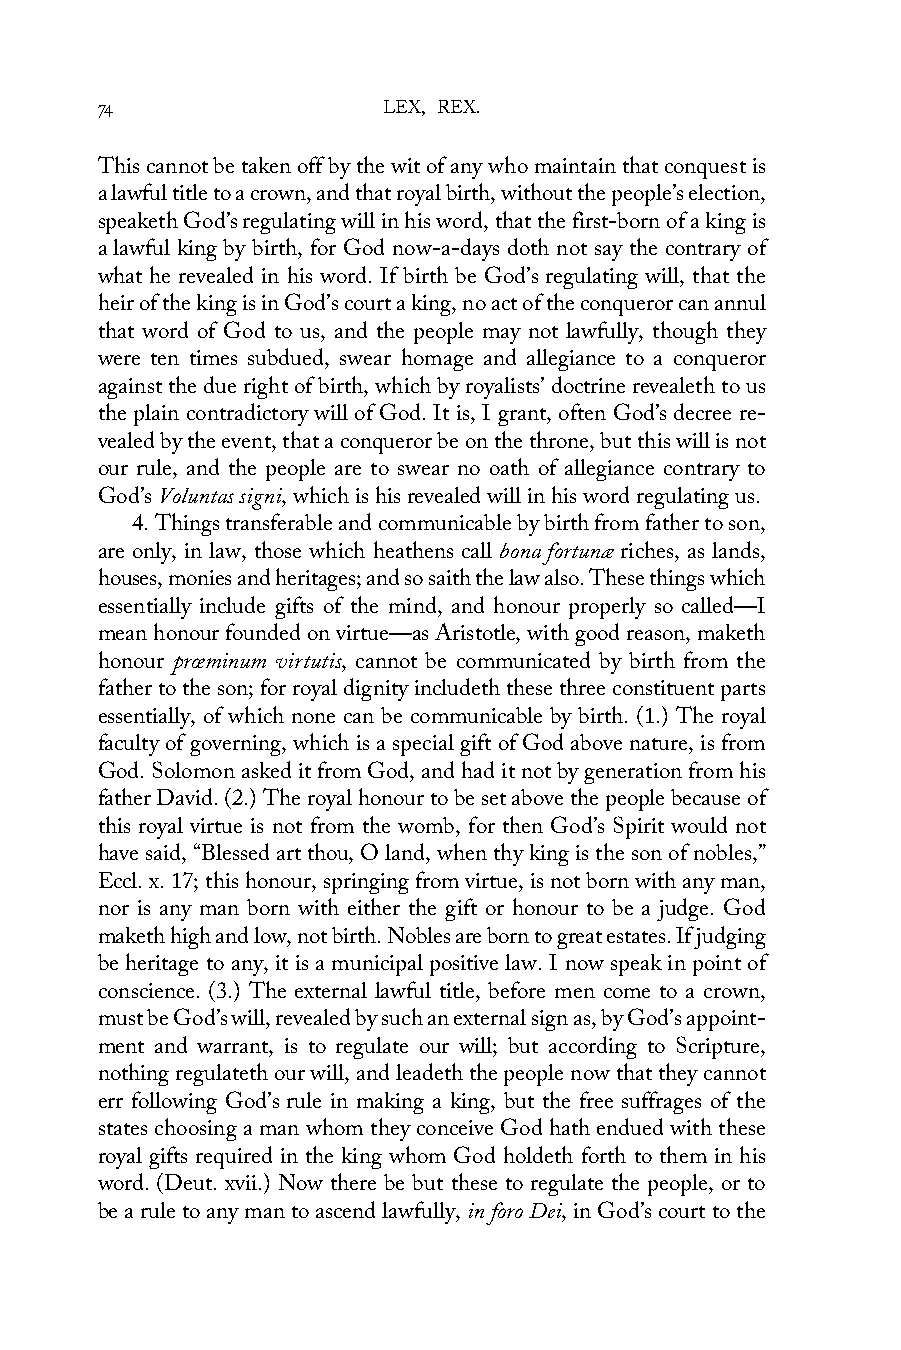
74                 LEX, REX.
 This cannot be taken off by the wit of any who maintain that conquest is
 a lawful title to a crown, and that royal birth, without the people’s election,
 speaketh God’s regulating will in his word, that the first-born of a king is
 a lawful king by birth, for God now-a-days doth not say the contrary of
 what he revealed in his word. If birth be God’s regulating will, that the
 heir of the king is in God’s court a king, no act of the conqueror can annul
 that word of God to us, and the people may not lawfully, though they
 were ten times subdued, swear homage and allegiance to a conqueror
 against the due right of birth, which by royalists’ doctrine revealeth to us
 the plain contradictory will of God. It is, I grant, often God’s decree re-
 vealed by the event, that a conqueror be on the throne, but this will is not
 our rule, and the people are to swear no oath of allegiance contrary to
 God’s Voluntas signi, which is his revealed will in his word regulating us.
 4. Things transferable and communicable by birth from father to son,
 are only, in law, those which heathens call bona fortunæ riches, as lands,
 houses, monies and heritages; and so saith the law also. These things which
 essentially include gifts of the mind, and honour properly so called—I
 mean honour founded on virtue—as Aristotle, with good reason, maketh
 honour prœminum virtutis, cannot be communicated by birth from the
 father to the son; for royal dignity includeth these three constituent parts
 essentially, of which none can be communicable by birth. (1.) The royal
 faculty of governing, which is a special gift of God above nature, is from
 God. Solomon asked it from God, and had it not by generation from his
 father David. (2.) The royal honour to be set above the people because of
 this royal virtue is not from the womb, for then God’s Spirit would not
 have said, “Blessed art thou, O land, when thy king is the son of nobles,”
 Eccl. x. 17; this honour, springing from virtue, is not born with any man,
 nor is any man born with either the gift or honour to be a judge. God
 maketh high and low, not birth. Nobles are born to great estates. If judging
 be heritage to any, it is a municipal positive law. I now speak in point of
 conscience. (3.) The external lawful title, before men come to a crown,
 must be God’s will, revealed by such an external sign as, by God’s appoint-
 ment and warrant, is to regulate our will; but according to Scripture,
 nothing regulateth our will, and leadeth the people now that they cannot
 err following God’s rule in making a king, but the free suffrages of the
 states choosing a man whom they conceive God hath endued with these
 royal gifts required in the king whom God holdeth forth to them in his
 word. (Deut. xvii.) Now there be but these to regulate the people, or to
 be a rule to any man to ascend lawfully, in foro Dei, in God’s court to the